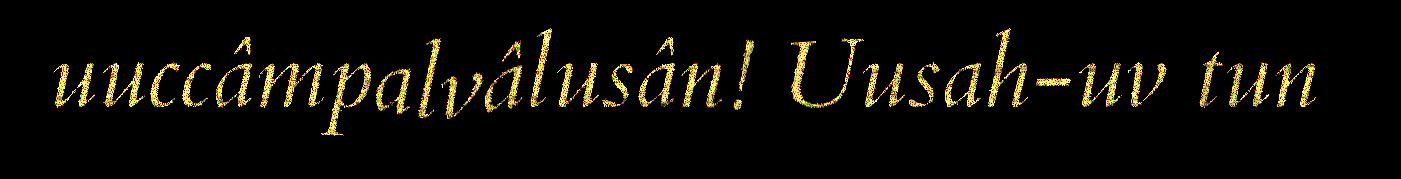
uuccâmpalvâlusân! Uusah-uv tun